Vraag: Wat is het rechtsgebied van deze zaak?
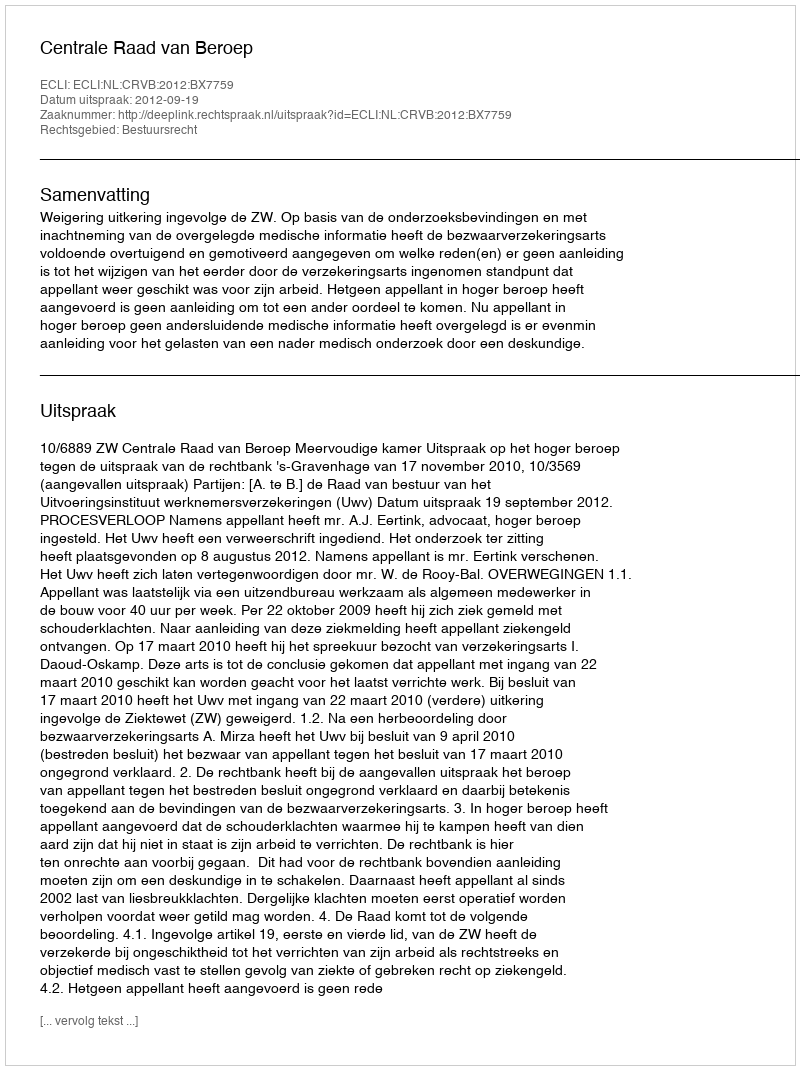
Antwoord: Bestuursrecht